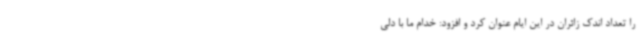
را تعداد اندک زائران در این ایام عنوان کرد و افزود: خدام ما با دلی